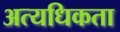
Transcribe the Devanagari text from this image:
अत्यधिकता